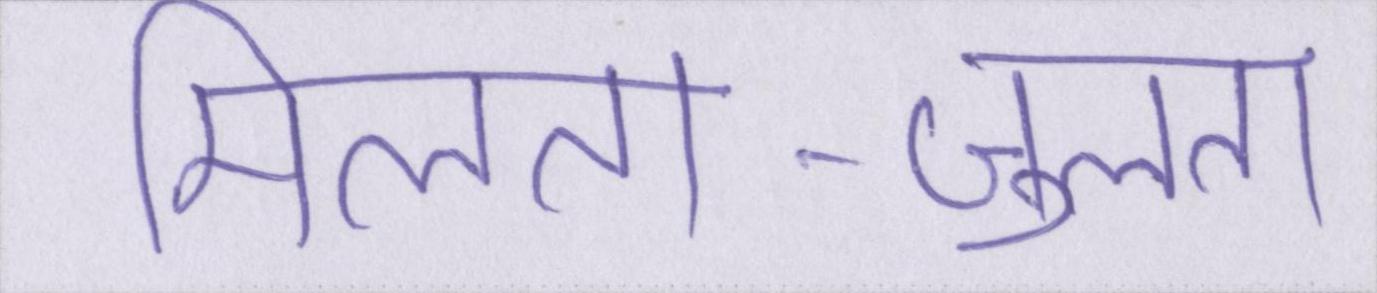
मिलता-जुलता